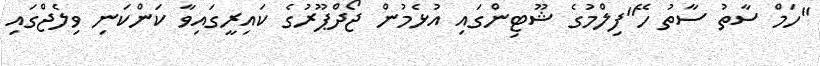
"ހަމް ސާތު ސާތު ހޭ"ފިލްމުގެ ޝޫޓިންގައި އުޅެމުން ޖޯދްޕޫރުގެ ކައިރީގައިވާ ކަންކަނި ވިލެޖްގައި